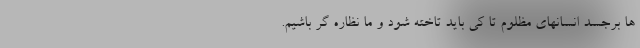
ها برجسد انسانهای مظلوم تا کی باید تاخته شود و ما نظاره گر باشیم.